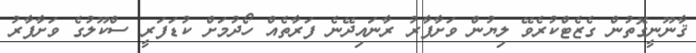
ޤާނޫނީގޮތުން ގެޒެޓްކުރެވޭ ލިޔުން ވަށާފާރު ރާނައިދޭނެ ފަރާތެއް ހޯދުމަށް ކުޑަފަރީ ސްކޫލުގެ ވަށާފާރު